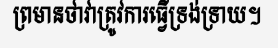
ព្រមានថាវាត្រូវការធ្វើទ្រង់ទ្រាយ។